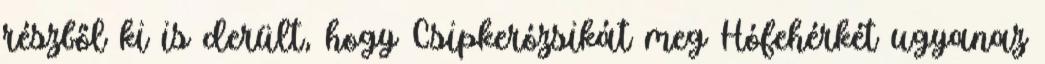
részből ki is derült, hogy Csipkerózsikát meg Hófehérkét ugyanaz